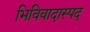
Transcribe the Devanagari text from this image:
भिविवादास्पद